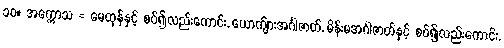
၁၀။ အက္ကောသ = မေထုန်နှင့် စပ်၍လည်းကောင်း, ယောက်ျားအင်္ဂါဇာတ်, မိန်းမအင်္ဂါဇာတ်နှင့် စပ်၍လည်းကောင်း,